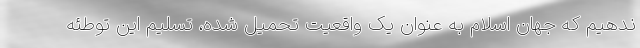
ندهیم که جهان اسلام به عنوان یک واقعیت تحمیل شده، تسلیم این توطئه